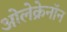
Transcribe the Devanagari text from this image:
ओलेक्रेनॉन